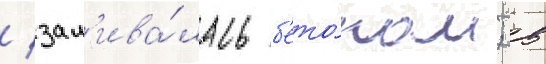
/ зал'ива́лась б'ето́ном; в